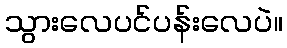
သွားလေပင်ပန်းလေပဲ။